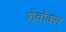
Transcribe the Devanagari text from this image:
शेवॉक्स